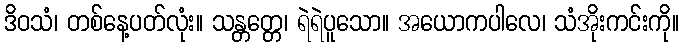
ဒိဝသံ၊ တစ်နေ့ပတ်လုံး။ သန္တတ္တေ၊ ရဲရဲပူသော။ အယောကပါလေ၊ သံအိုးကင်းကို။